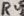
Text: R4